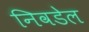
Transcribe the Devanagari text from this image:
निवडेल